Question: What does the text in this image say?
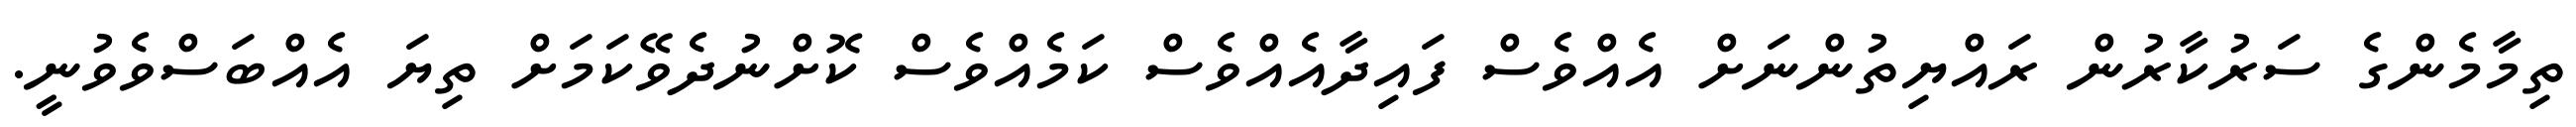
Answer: ތިމާމެންގެ ސަރުކާރުން ރައްޔިތުންނަށް އެއްވެސް ފައިދާއެއްވެސް ކަމެއްވެސް ކޮށްނުދެވޭކަމަށް ތިޔަ އެއްބަސްވެވުނީ.